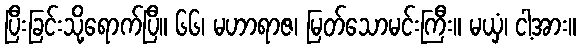
ပြီးခြင်းသို့ရောက်ပြီ။ ၆၆၊ မဟာရာဇ၊ မြတ်သောမင်းကြီး။ မယှံ၊ ငါ့အား။